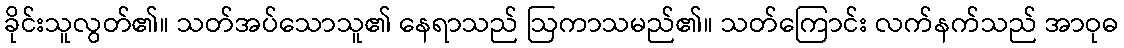
ခိုင်းသူလွတ်၏။ သတ်အပ်သောသူ၏ နေရာသည် ဩကာသမည်၏။ သတ်ကြောင်း လက်နက်သည် အာဝုဓ